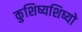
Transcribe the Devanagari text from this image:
कुशिष्यशिष्यो